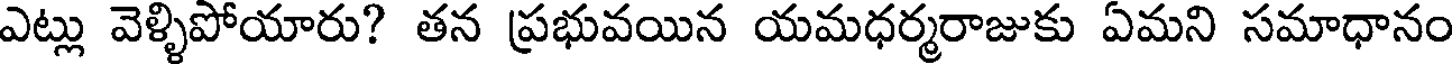
ఎట్లు వెళ్ళిపోయారు? తన ప్రభువయిన యమధర్మరాజుకు ఏమని సమాధానం